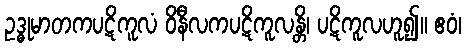
ဥဒ္ဓုမာတကပဋိကူလံ ဝိနီလကပဋိကူလန္တိ၊ ပဋိကူလဟူ၍။ ဧဝံ၊